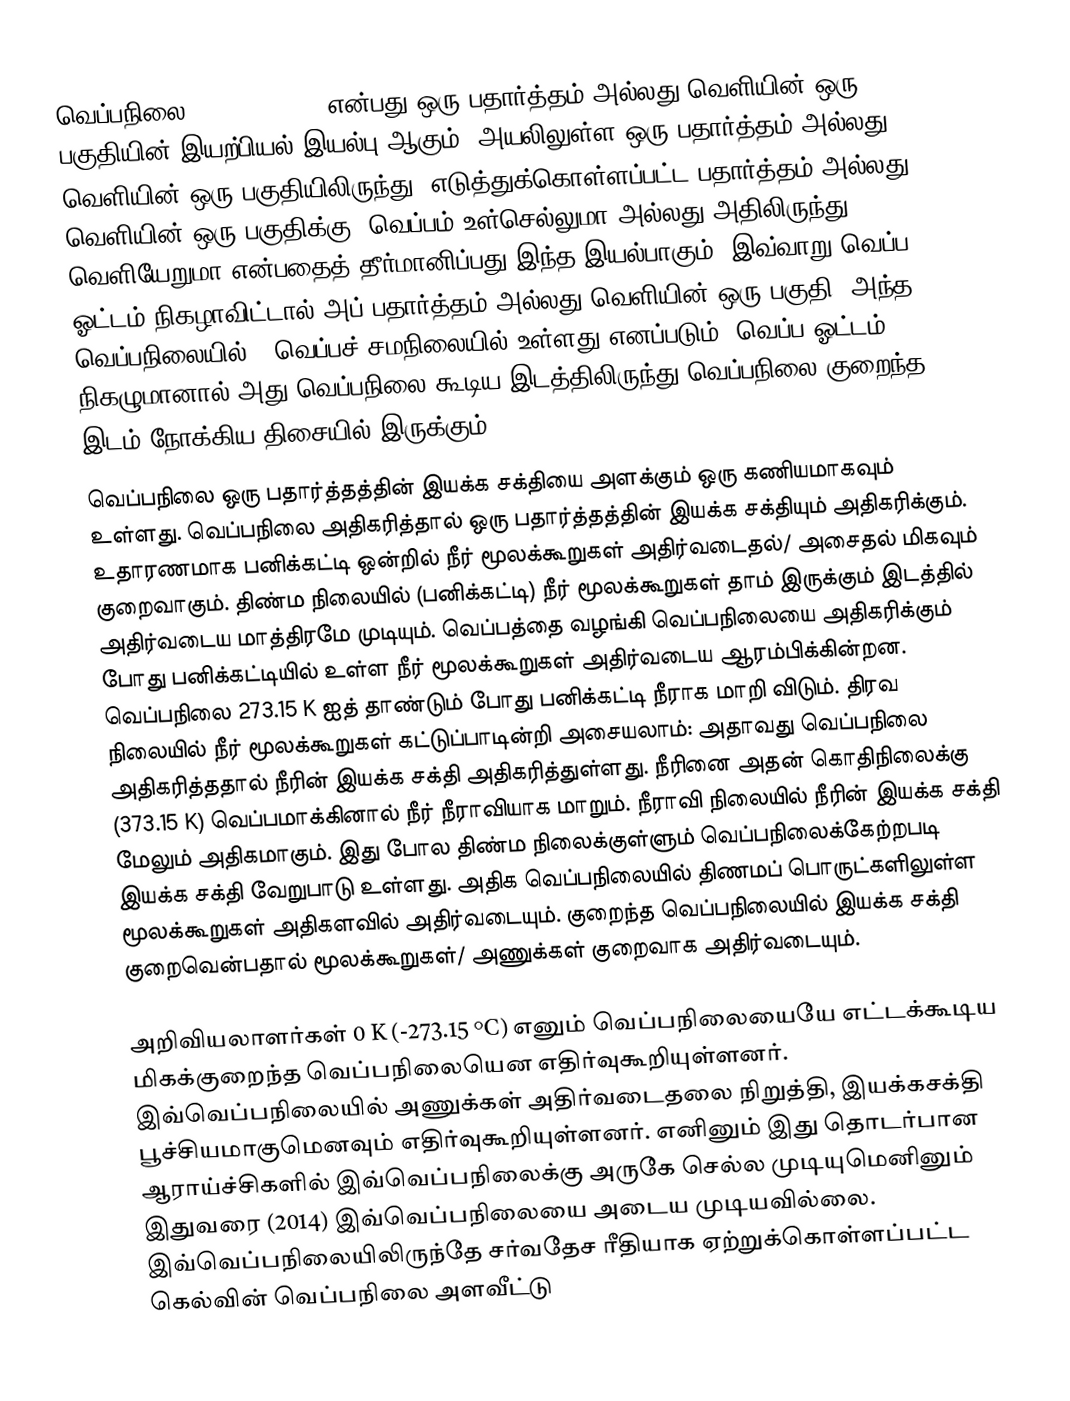
வெப்பநிலை (temperature) என்பது ஒரு பதார்த்தம் அல்லது வெளியின் ஒரு பகுதியின் இயற்பியல் இயல்பு ஆகும். அயலிலுள்ள ஒரு பதார்த்தம் அல்லது வெளியின் ஒரு பகுதியிலிருந்து, எடுத்துக்கொள்ளப்பட்ட பதார்த்தம் அல்லது வெளியின் ஒரு பகுதிக்கு, வெப்பம் உள்செல்லுமா அல்லது அதிலிருந்து வெளியேறுமா என்பதைத் தீர்மானிப்பது இந்த இயல்பாகும். இவ்வாறு வெப்ப ஓட்டம் நிகழாவிட்டால் அப் பதார்த்தம் அல்லது வெளியின் ஒரு பகுதி, அந்த வெப்பநிலையில் , வெப்பச் சமநிலையில் உள்ளது எனப்படும். வெப்ப ஓட்டம் நிகழுமானால் அது வெப்பநிலை கூடிய இடத்திலிருந்து வெப்பநிலை குறைந்த இடம் நோக்கிய திசையில் இருக்கும்.
வெப்பநிலை ஒரு பதார்த்தத்தின் இயக்க சக்தியை அளக்கும் ஒரு கணியமாகவும் உள்ளது. வெப்பநிலை அதிகரித்தால் ஒரு பதார்த்தத்தின் இயக்க சக்தியும் அதிகரிக்கும். உதாரணமாக பனிக்கட்டி ஒன்றில் நீர் மூலக்கூறுகள் அதிர்வடைதல்/ அசைதல் மிகவும் குறைவாகும். திண்ம நிலையில் (பனிக்கட்டி) நீர் மூலக்கூறுகள் தாம் இருக்கும் இடத்தில் அதிர்வடைய மாத்திரமே முடியும். வெப்பத்தை வழங்கி வெப்பநிலையை அதிகரிக்கும் போது பனிக்கட்டியில் உள்ள நீர் மூலக்கூறுகள் அதிர்வடைய ஆரம்பிக்கின்றன. வெப்பநிலை 273.15 K ஐத் தாண்டும் போது பனிக்கட்டி நீராக மாறி விடும். திரவ நிலையில் நீர் மூலக்கூறுகள் கட்டுப்பாடின்றி அசையலாம்: அதாவது வெப்பநிலை அதிகரித்ததால் நீரின் இயக்க சக்தி அதிகரித்துள்ளது. நீரினை அதன் கொதிநிலைக்கு (373.15 K) வெப்பமாக்கினால் நீர் நீராவியாக மாறும். நீராவி நிலையில் நீரின் இயக்க சக்தி மேலும் அதிகமாகும். இது போல திண்ம நிலைக்குள்ளும் வெப்பநிலைக்கேற்றபடி இயக்க சக்தி வேறுபாடு உள்ளது. அதிக வெப்பநிலையில் திணமப் பொருட்களிலுள்ள மூலக்கூறுகள் அதிகளவில் அதிர்வடையும். குறைந்த வெப்பநிலையில் இயக்க சக்தி குறைவென்பதால் மூலக்கூறுகள்/ அணுக்கள் குறைவாக அதிர்வடையும்.

அறிவியலாளர்கள் 0 K (-273.15 °C) எனும் வெப்பநிலையையே எட்டக்கூடிய மிகக்குறைந்த வெப்பநிலையென எதிர்வுகூறியுள்ளனர். இவ்வெப்பநிலையில் அணுக்கள் அதிர்வடைதலை நிறுத்தி, இயக்கசக்தி பூச்சியமாகுமெனவும் எதிர்வுகூறியுள்ளனர். எனினும் இது தொடர்பான ஆராய்ச்சிகளில் இவ்வெப்பநிலைக்கு அருகே செல்ல முடியுமெனினும் இதுவரை (2014) இவ்வெப்பநிலையை அடைய முடியவில்லை. இவ்வெப்பநிலையிலிருந்தே சர்வதேச ரீதியாக ஏற்றுக்கொள்ளப்பட்ட கெல்வின் வெப்பநிலை அளவீட்டு